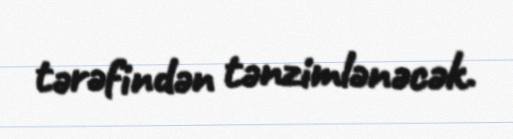
tərəfindən tənzimlənəcək.